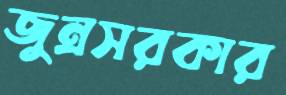
জুন্রসরকার